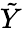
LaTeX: \tilde{Y}